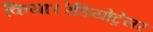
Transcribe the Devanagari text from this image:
किया।रेडियोट्रेसर